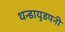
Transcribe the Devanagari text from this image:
थन्डायुडपनी